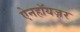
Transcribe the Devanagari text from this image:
ऐनहॉयज़र